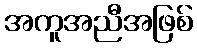
အကူအညီအဖြစ်